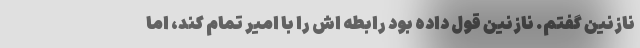
نازنین گفتم. نازنین قول داده بود رابطه اش را با امیر تمام کند، اما